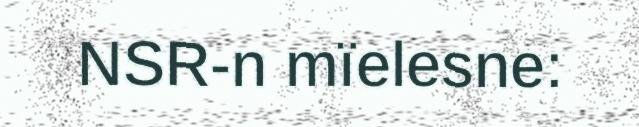
NSR-n mïelesne: